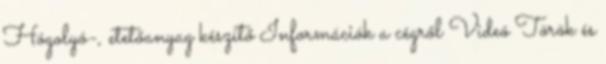
Hógolyó-, etetőanyag készítő Információk a cégről Videó Török és